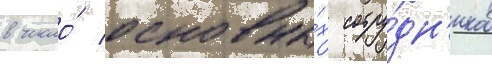
в число́ основны́х сотру́дн'иков